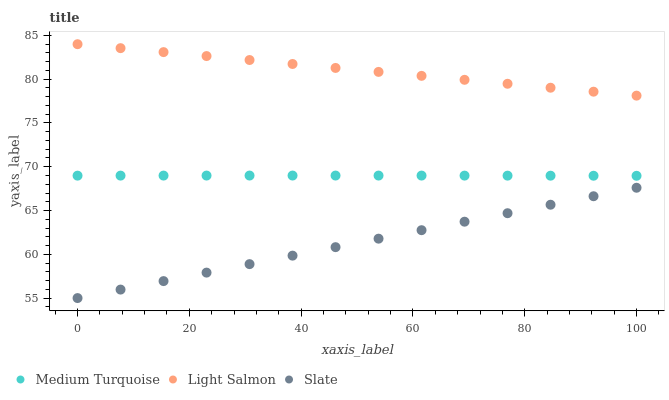
| xaxis_label | Medium Turquoise | Light Salmon | Slate |
 | --- | --- | --- | --- |
 | 0 | 69 | 84 | 55 |
 | 7.69 | 69 | 83.5 | 56 |
 | 15.4 | 69 | 83.1 | 56.9 |
 | 23.1 | 69 | 82.6 | 57.9 |
 | 30.8 | 69 | 82.2 | 58.9 |
 | 38.5 | 69 | 81.7 | 59.8 |
 | 46.2 | 69 | 81.3 | 60.8 |
 | 53.8 | 69 | 80.8 | 61.8 |
 | 61.5 | 69 | 80.4 | 62.8 |
 | 69.2 | 69 | 79.9 | 63.7 |
 | 76.9 | 69 | 79.5 | 64.7 |
 | 84.6 | 69 | 79 | 65.7 |
 | 92.3 | 69 | 78.6 | 66.6 |
 | 100 | 69 | 78.1 | 67.6 |